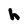
Character: h